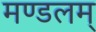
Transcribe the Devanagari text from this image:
मण्डलम्